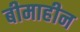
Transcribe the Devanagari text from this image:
बीमाहीन